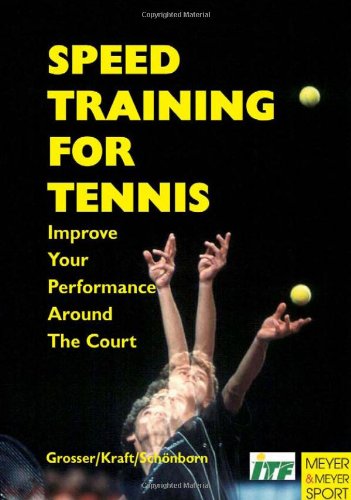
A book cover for Speed Training for Tennis; Manfred Grosser; Sports & Outdoors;